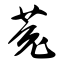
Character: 菟